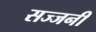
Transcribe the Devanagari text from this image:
सज्जनी